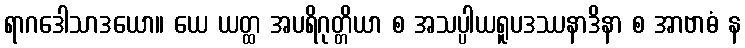
ရာဂဒေါသာဒယော။ ယေ ယတ္ထ အပရိဂုတ္တိယာ စ အသပ္ပါယရူပဒဿနာဒိနာ စ အာဗာဓံ န